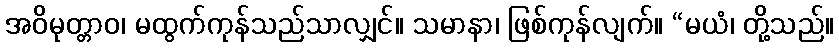
အဝိမုတ္တာဝ၊ မထွက်ကုန်သည်သာလျှင်။ သမာနာ၊ ဖြစ်ကုန်လျက်။ “မယံ၊ တို့သည်။